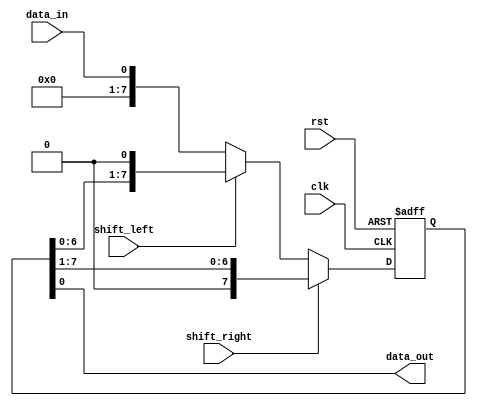
module shift_register
(
    input wire clk,
    input wire rst,
    input wire shift_right,
    input wire shift_left,
    input wire data_in,
    output reg data_out
);

reg [7:0] reg_data;

always @ (posedge clk or posedge rst)
begin
    if (rst)
        reg_data <= 8'b0;
    else if (shift_right)
        reg_data <= {1'b0, reg_data[7:1]};
    else if (shift_left)
        reg_data <= {reg_data[6:0], 1'b0};
    else
        reg_data <= data_in;
end

assign data_out = reg_data[0];

endmodule